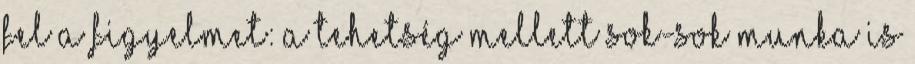
fel a figyelmet: a tehetség mellett sok-sok munka is